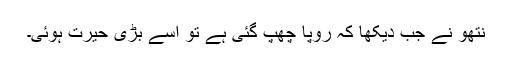
نتھو نے جب دیکھا کہ رُوپا چھُپ گئی ہے تو اسے بڑی حیرت ہُوئی۔